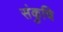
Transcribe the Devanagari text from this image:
संकुचि